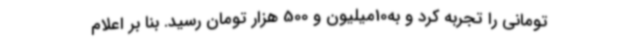
تومانی را تجربه کرد و به10میلیون و 500 هزار تومان رسید. بنا بر اعلام